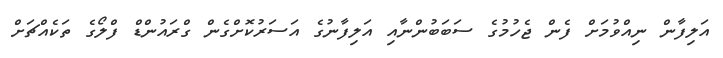
އަލިފާން ނިއްވުމަށް ފެން ޖެހުމުގެ ސަބަބުންނާއި އަލިފާނުގެ އަސަރުކޮށްގެން ގްރައުންޑް ފްލޯގެ ތަކެއްޗަށް